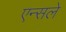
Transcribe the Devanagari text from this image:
एन्सले